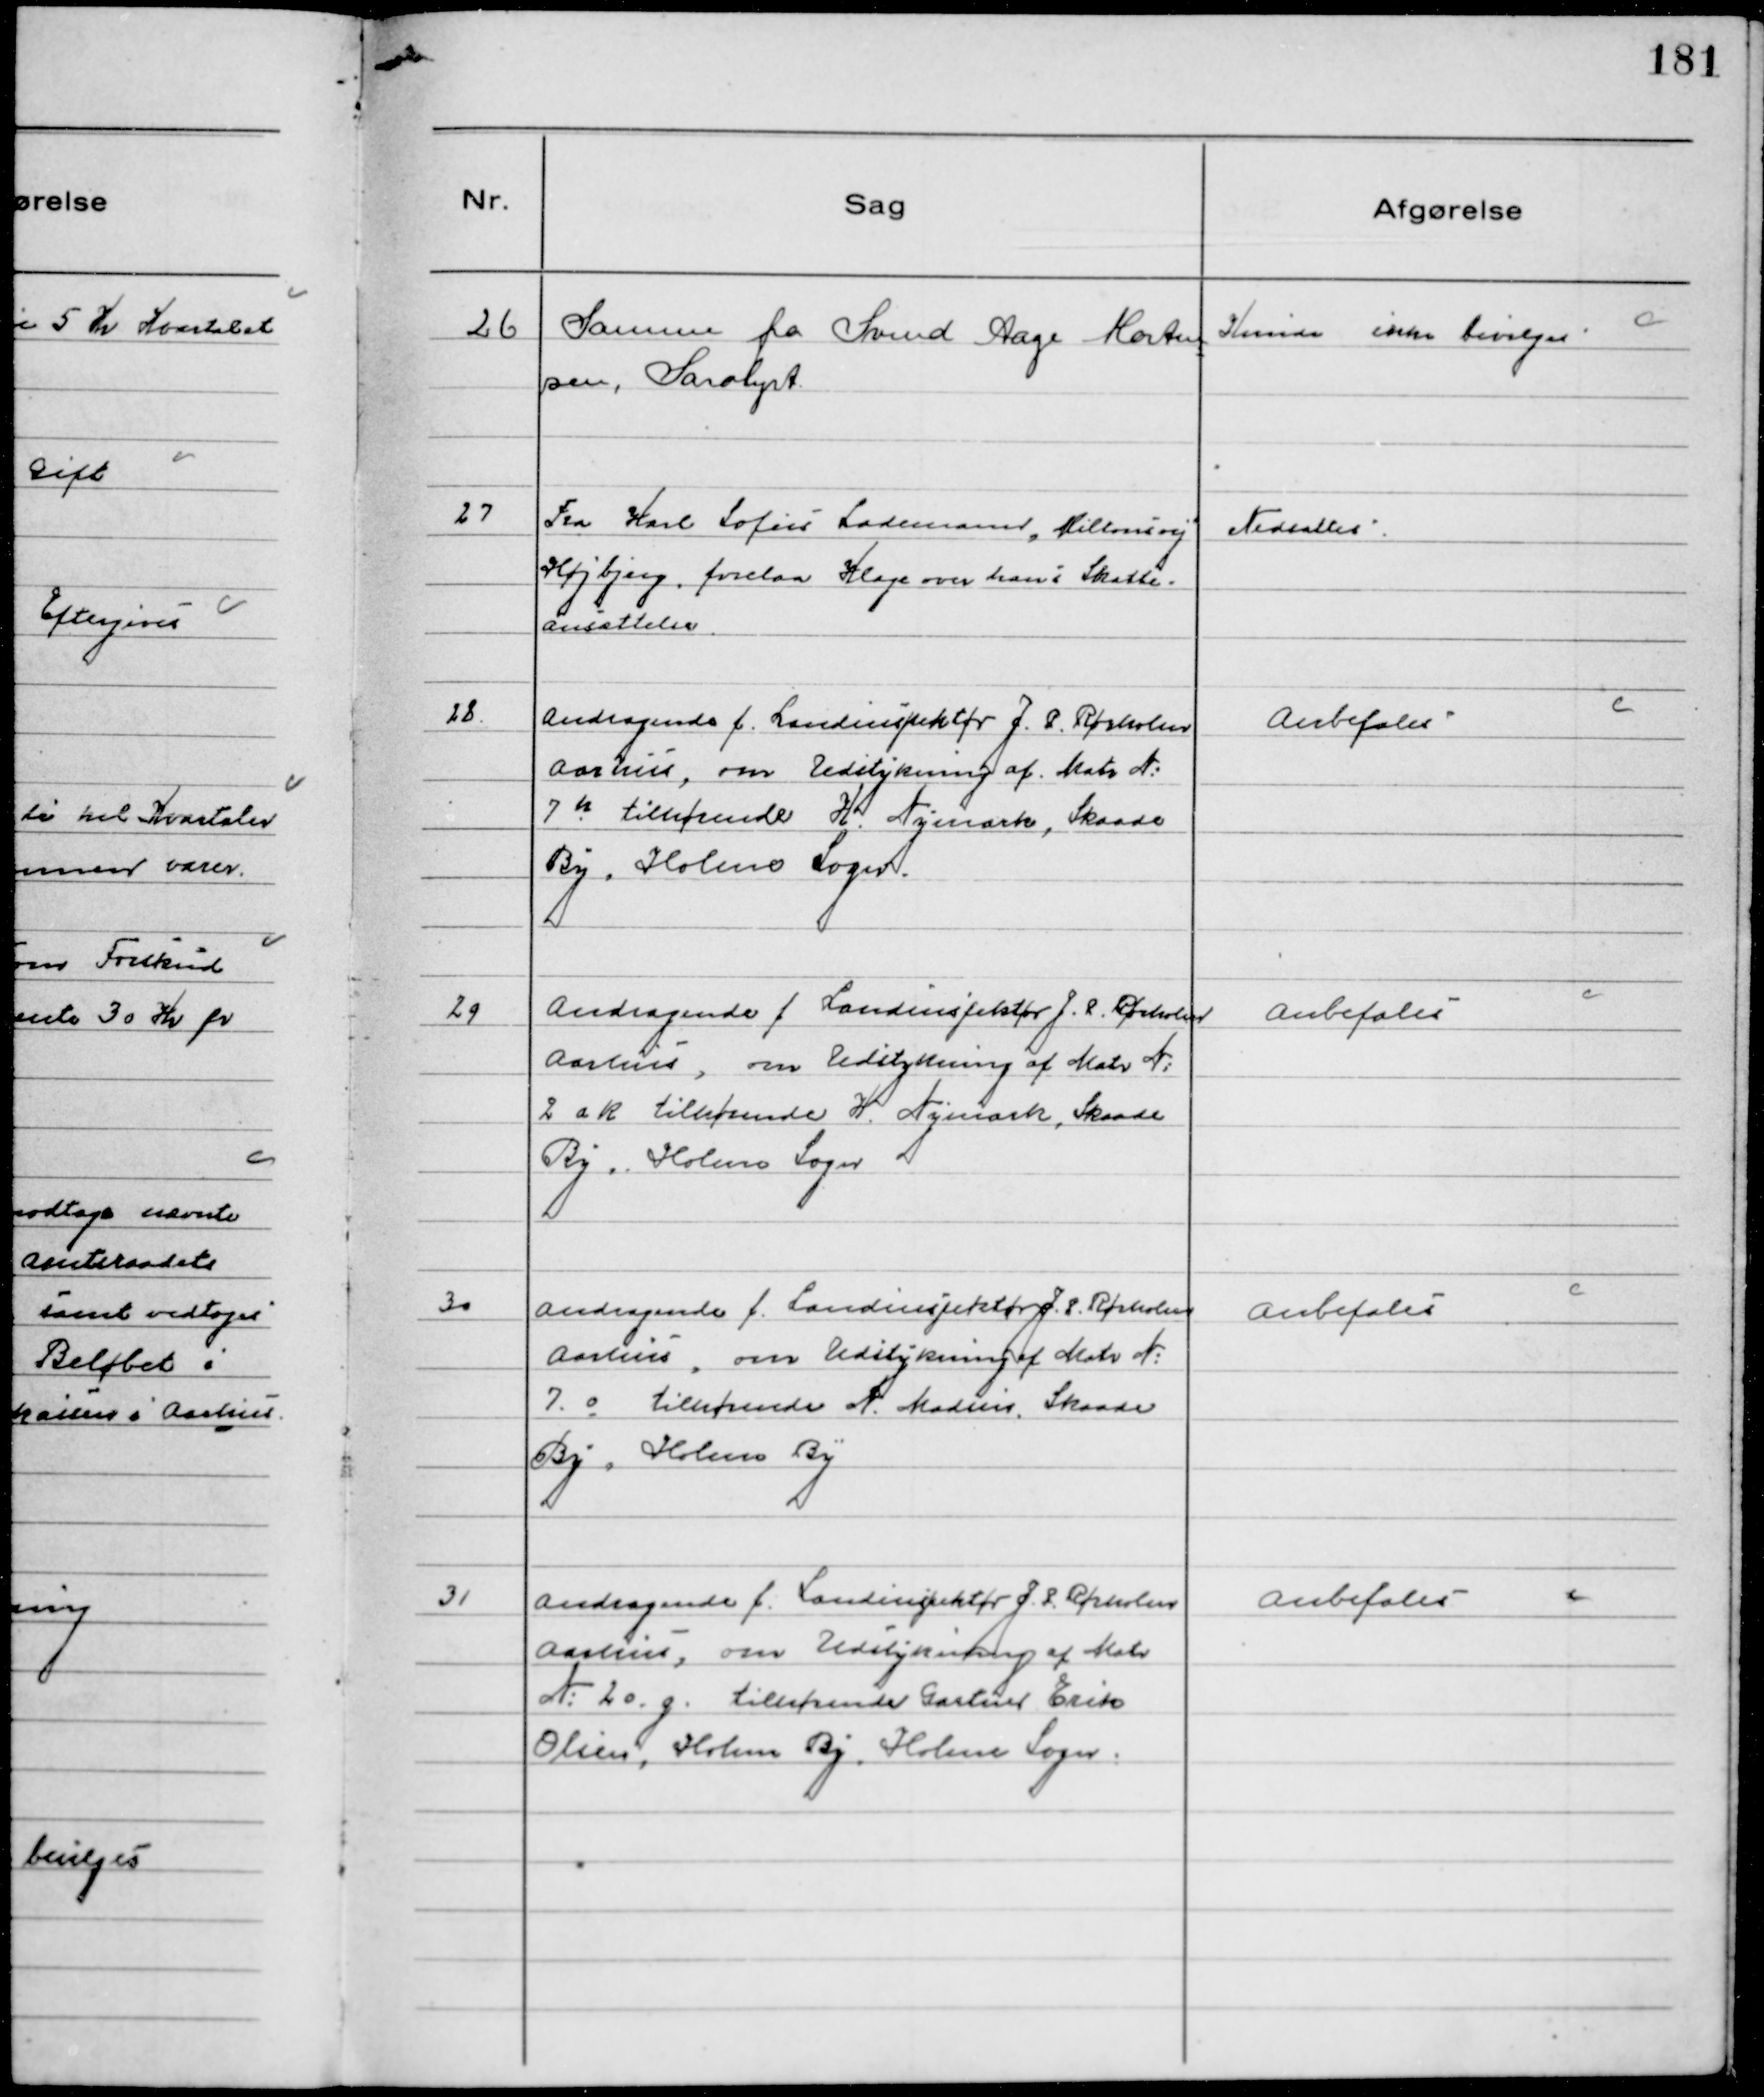
Transskription:
26
Samme fra Svend Aage Morten
sen, Saralyst

Kunde ikke bevilges

27
Fra Karl Sofus Lademann "Miltonsvej"
Højbjerg, forelaa Klage over hans Skatte-
ansættelse

Nedsattes

28.
Andragende f. Landinspektør J. P. Rørholm
Aarhus, om Udstykning af Matr №
7 h tilhørende H. Nymark, Skaade
By, Holme Sogn.

Anbefales

29
Andragende f Landinspektør J. P. Rørholm
Aarhus, om Udstykning af Matr №
2 a k tilhørende H. Nymark, Skaade
By, Holme Sogn

Anbefales

30
Andragende f. Landinspektør J. P. Rørholm
Aarhus, om Udstykning af Matr №
7 o tilhørende N. Madsen, Skaade
By "Holme By"

Anbefales

31
Andragende f. Landinspektør J. P. Rørholm
Aarhus, om Udstykning af Matr
№ 20. g. tilhørende Gartner Erik
Olsen, Holme By, Holme Sogn.

Anbefales